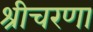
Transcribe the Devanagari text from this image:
श्रीचरणा